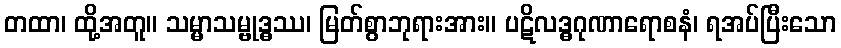
တထာ၊ ထို့အတူ။ သမ္မာသမ္ဗုဒ္ဓဿ၊ မြတ်စွာဘုရားအား။ ပဋိလဒ္ဓဂုဏာရောစနံ၊ ရအပ်ပြီးသော